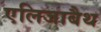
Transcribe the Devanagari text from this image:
एलिजाबैथ